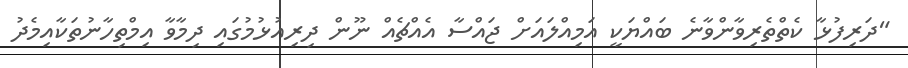
"ދަރިފުޅާ ކެތްތެރިވާންވާނެ ބައްޔަކީ އަމިއްލައަށް ޖައްސާ އެއްޗެއް ނޫން ދިރިއުޅުމުގައި ދިމާވާ އިމްތިހާނުތަކާއިމެދު